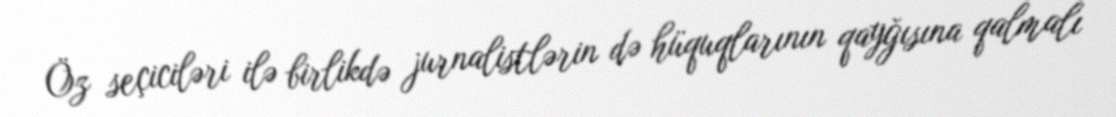
Öz seçiciləri ilə birlikdə jurnalistlərin də hüquqlarının qayğısına qalmalı